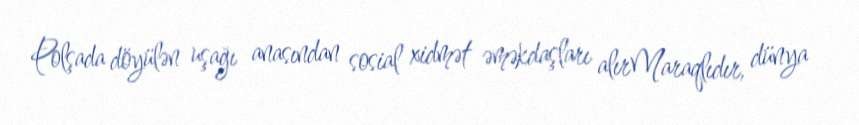
Polşada döyülən uşağı anasından sosial xidmət əməkdaşları alırMaraqlıdır, dünya